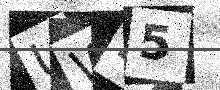
Text: UW35